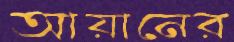
আয়ানের